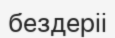
бездеріі